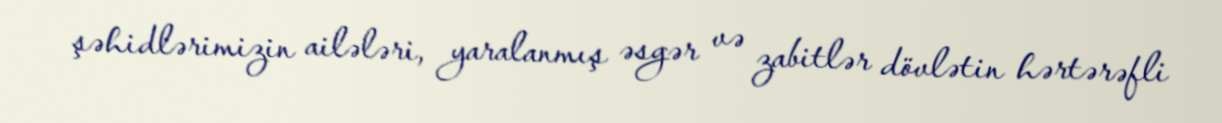
şəhidlərimizin ailələri, yaralanmış əsgər və zabitlər dövlətin hərtərəfli